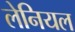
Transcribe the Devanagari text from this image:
लेनियल